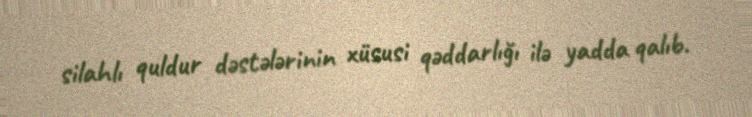
silahlı quldur dəstələrinin xüsusi qəddarlığı ilə yadda qalıb.